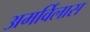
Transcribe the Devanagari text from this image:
अमर्विलास